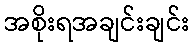
အစိုးရအချင်းချင်း